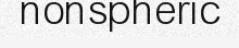
nonspheric